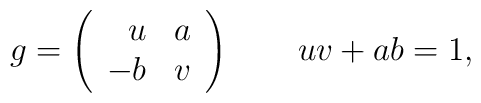
g=\left( \begin{array}{cc} \ \ u & a \\ -b & v \end{array} \right)\qquad uv+ab=1,